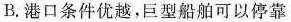
B.港口条件优越，巨型船舶可以停靠